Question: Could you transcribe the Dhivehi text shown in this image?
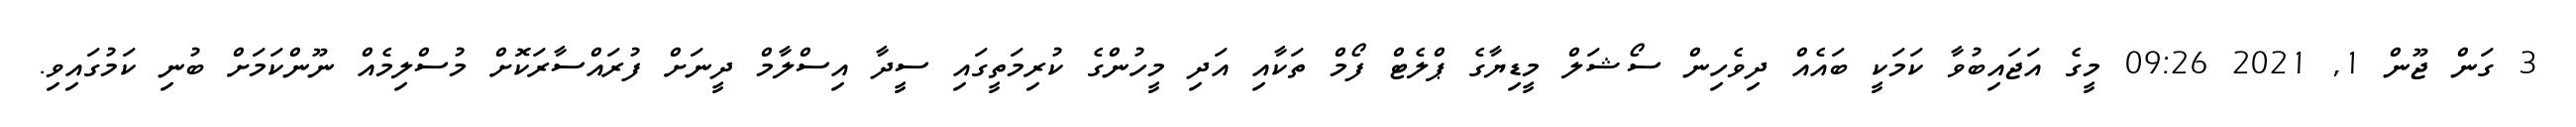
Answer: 3 ގަން ޖޫން 1, 2021 09:26 މީގެ އަޖައިބުވާ ކަމަކީ ބައެއް ދިވެހިން ސޯޝަލް މީޑިޔާގެ ޕްލެޓް ފޯމް ތަކާއި އަދި މީހުންގެ ކުރިމަތީގައި ސީދާ އިސްލާމް ދީނަށް ފުރައްސާރަކޮށް މުސްލިމެއް ނޫންކަމަށް ބުނި ކަމުގައިވި.